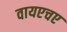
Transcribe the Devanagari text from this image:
वायएचए